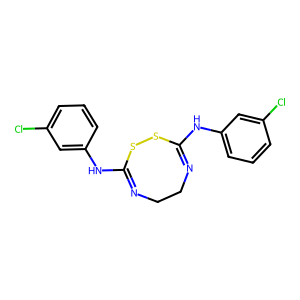
SMILES: Clc1cccc(NC2=NCCN=C(Nc3cccc(Cl)c3)SS2)c1
Inhibits HIV replication: No